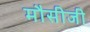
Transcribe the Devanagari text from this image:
मौसीजी